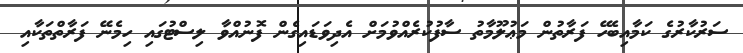
ސަރުކާރުގެ ކަމާއިބެހޭ ފަރާތުން މަޢުލޫމާތު ސާފުކުރެއްވުމަށް އެދިވަޑައިގެން ފޮނުއްވާ ލިސްޓުގައި ހިމެނޭ ފަރާތްތަކާއި